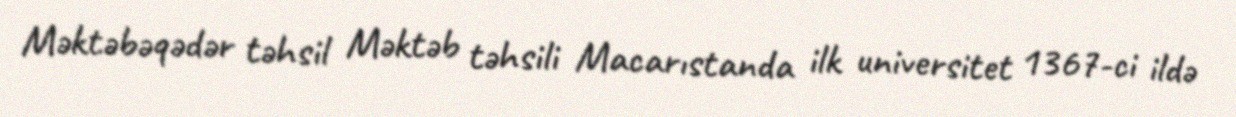
Məktəbəqədər təhsil Məktəb təhsili Macarıstanda ilk universitet 1367-ci ildə